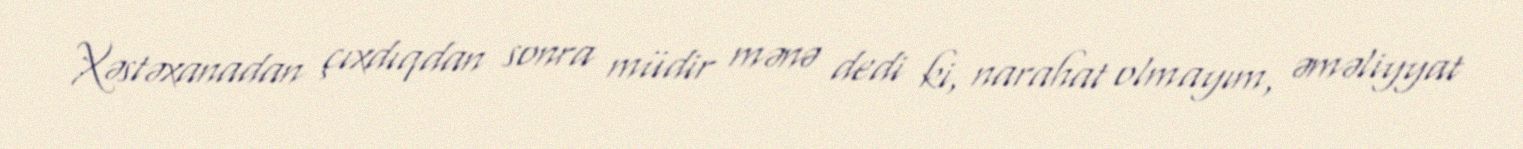
Xəstəxanadan çıxdıqdan sonra müdir mənə dedi ki, narahat olmayım, əməliyyat